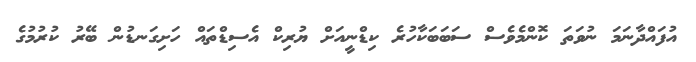
އުފައްދާނަމަ ނުވަތަ ކޮންމެވެސް ސަބަބަކާހުރެ ކިޑްނީއަށް ޔުރިކް އެސިޑްތައް ހަށިގަނޑުން ބޭރު ކުރުމުގެ